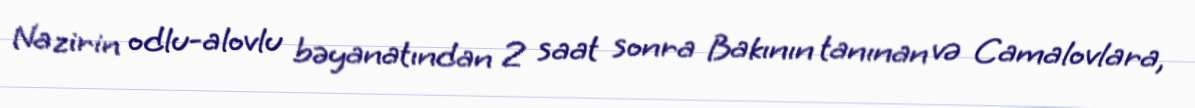
Nazirin odlu-alovlu bəyanatından 2 saat sonra Bakının tanınan və Camalovlara,